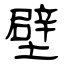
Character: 壁